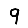
Digit: 9